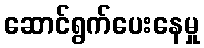
ဆောင်ရွက်ပေးနေမှု